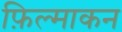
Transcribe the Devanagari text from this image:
फ़िल्माकन